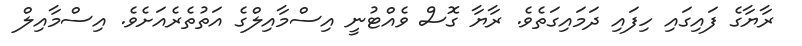
ރާޔާގެ ފައިގައި ހިފައި ދަމައިގަތެވެ. ރާޔާ ގޮސް ވެއްޓުނީ އިސްމާއިލްގެ އަތުތެރެއަށެވެ. އިސްމާއިލް